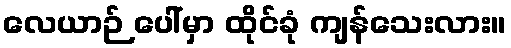
လေယာဉ် ပေါ်မှာ ထိုင်ခုံ ကျန်သေးလား။